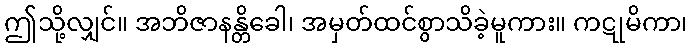
ဤသို့လျှင်။ အဘိဇာနန္တိခေါ၊ အမှတ်ထင်စွာသိခဲ့မူကား။ ကဋုမိကာ၊